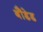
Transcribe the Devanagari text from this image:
बौंडेड